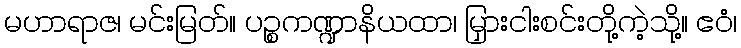
မဟာရာဇ၊ မင်းမြတ်။ ပဉ္စကဏ္ဍာနိယထာ၊ မြှားငါးစင်းတို့ကဲ့သို့။ ဧဝံ၊